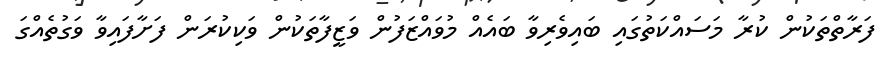
ފަރާތްތަކުން ކުރާ މަސައްކަތުގައި ބައިވެރިވާ ބައެއް މުވައްޒަފުން ވަޒީފާތަކުން ވަކިކުރަން ފަށާފައިވާ ވަގުތެއްގަ